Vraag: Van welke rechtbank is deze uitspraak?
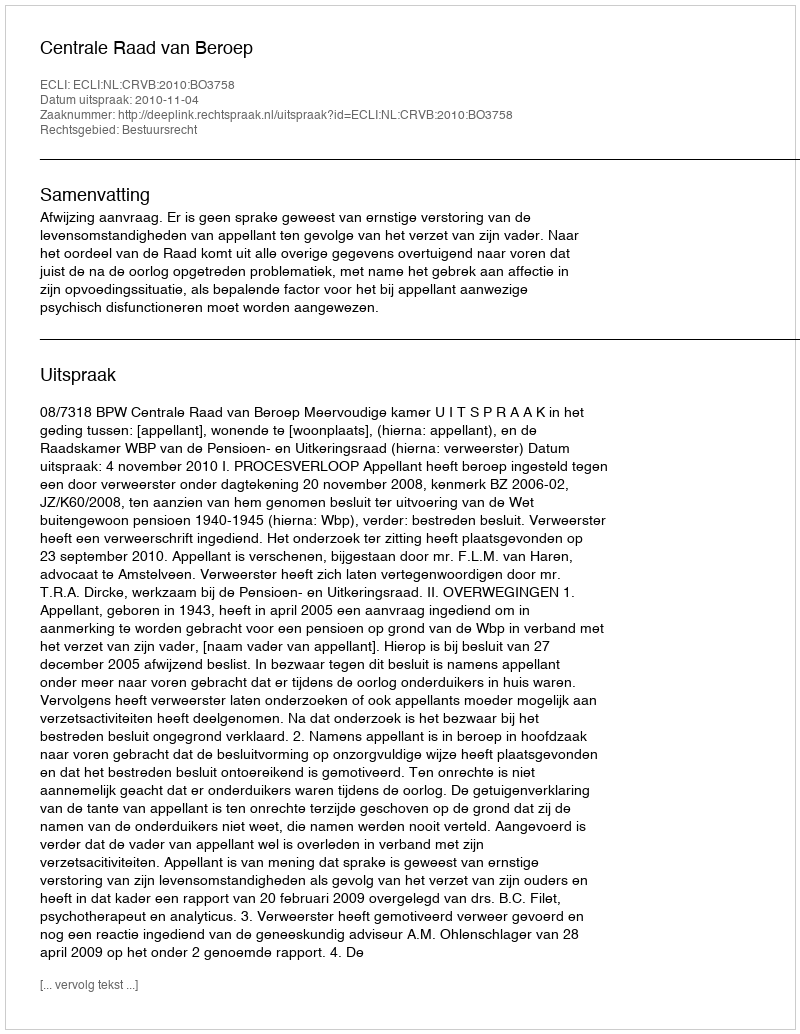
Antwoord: Centrale Raad van Beroep